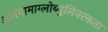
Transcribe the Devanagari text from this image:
अतिगामाग्लोब्युलिनरक्तता